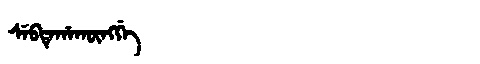
Manchu: ᠰᡝᠪᡨᡝᡥᠠᡴᡡᠩᡤᡝ
Romanization: SEBTEHAKŪNGGE